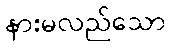
နားမလည်သော